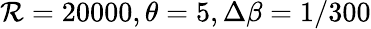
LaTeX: \mathcal{R}=20000,\theta=5,\Delta\beta=1/300